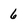
Character: 6